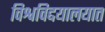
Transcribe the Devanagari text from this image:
विश्वविद्दयालयात